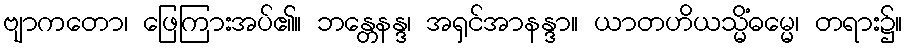
ဗျာကတော၊ ဖြေကြားအပ်၏။ ဘန္တေနန္ဒ၊ အရှင်အာနန္ဒာ။ ယာတဟိယသ္မိံဓမ္မေ၊ တရား၌။